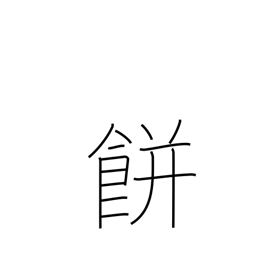
Meaning: mochi rice cake